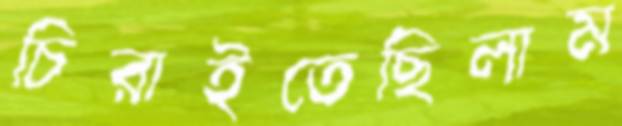
চিরাইতেছিলাম